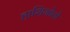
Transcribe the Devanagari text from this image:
हाशिमोतो